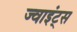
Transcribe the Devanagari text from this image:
ज्वाइंट्स